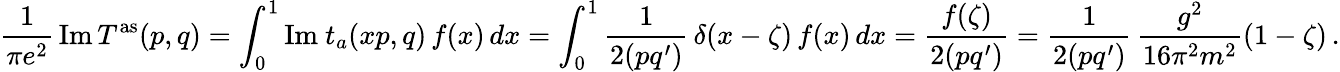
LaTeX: \frac 1{\pi e^{2}}\, \mathrm{Im}\, T^{\mathrm{as}}(p,q)=\int_{0}^{1}\mathrm{Im}\ t_{a}(xp,q)\, f(x)\, dx=\int_{0}^{1}\frac{1}{2(pq^{\prime})}\, \delta(x-\zeta)\, f(x)\, dx=\frac{f(\zeta)}{2(pq^{\prime})}=\frac{1}{2(pq^{\prime})}\, \frac{g^{2}}{16\pi^{2}m^{2}}(1-\zeta)\, .